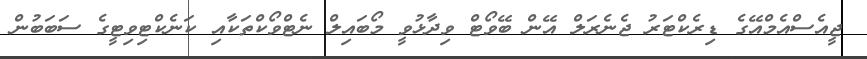
ޖީއެސްއެމްއޭގެ ޑިރެކްޓަރު ޖެނެރަލް އޭން ބޭވޯޓް ވިދާޅުވީ މޯބައިލް ނެޓްވޯކްތަކާއި ކަނެކްޓިވިޓީގެ ސަބަބުން